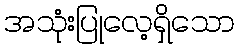
အသုံးပြုလေ့ရှိသော